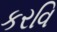
કરવિ